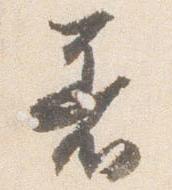
着